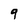
Character: 9